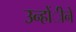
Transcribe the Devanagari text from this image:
उन्होंीने